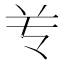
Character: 𰃝